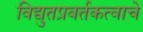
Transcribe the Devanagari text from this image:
विद्युतप्रवर्तकत्वाचे